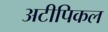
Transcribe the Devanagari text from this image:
अटीपिकल